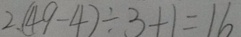
2 . ( 4 9 - 4 ) \div 3 + 1 = 1 6